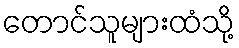
တောင်သူများထံသို့